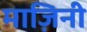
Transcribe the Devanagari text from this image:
माज़िनी